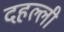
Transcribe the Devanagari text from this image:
दहल्ली